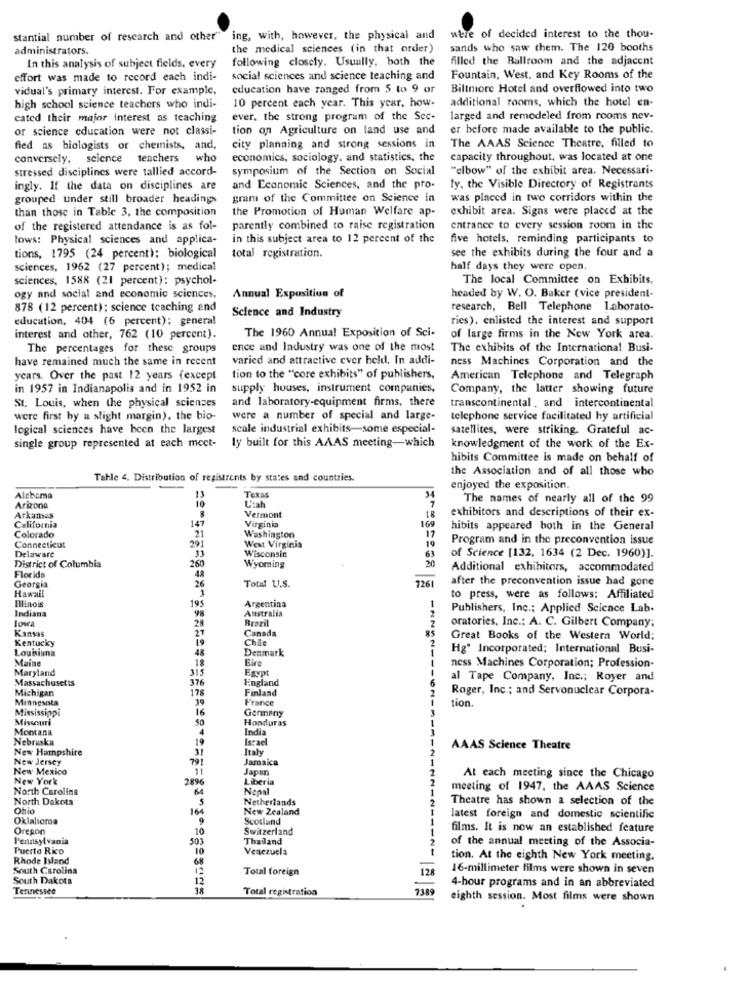
stantial number of research and other
ing, with, however, the physical and
nele of decided interest to the thou-
administrators.
the medical sciences (in that order)
sands who saw them. The 120 booths
In this analysis of subject fields, every
following closely. Usually, both the
filled the Ballroom and the adjacent
effort was made to record each indi-
social sciences and science teaching and
Fountain, West, and Key Rooms of the
vidual's primary interest. For example,
education have ranged from 5 to 9 or
Biltmore Hotel and overflowed into two
10 percent each year. This year, how-
additional rooms, which the hotel en-
high school science teachers who indi-
cated their major interest as teaching
ever, the strong program of the Sec-
larged and remodeled from rooms nev-
or science education were not classi-
tion on Agriculture on land use and
er before made available to the public.
fied as biologists or chemists, and,
city planning and strong sessions in
The AAAS Science Theatre, filled to
conversely, science teachers who
economics, sociology, and statistics, the
capacity throughout, was located at one
stressed disciplines were tallied accord-
symposium of the Section on Social
"elbow" of the exhibit area. Necessari-
ingly. If the data on disciplines are
and Economic Sciences, and the pro-
ly, the Visible Directory of Registrants
grouped under still broader headings
gram of the Committee on Science in
was placed in two corridors within the
than those in Table 3, the composition
the Promotion of Human Welfare ap-
exhibit area. Signs were placed at the
of the registered attendance is as fol-
parently combined to raise registration
entrance to every session room in the
lows: Physical sciences and applica-
in this subject area to 12 percent of the
five hotels, reminding participants to
see the exhibits during the four and a
tions, 1795 (24 percent): biological
total registration.
sciences, 1962 (27 percent); medical
half days they were open.
sciences, 1588 (21 percent): psychol-
The local Committee on Exhibits,
ogy and social and economic sciences,
Annual Exposition of
headed by W. O. Baker (vice president-
878 (12 percent); science teaching and
Science and Industry
research, Bell Telephone Laborato-
education, 404 (6 percent): genera!
ries), enlisted the interest and support
The 1960 Annual Exposition of Sci-
interest and other, 762 (10 percent).
of large firms in the New York area.
The percentages for these groups
ence and Industry was one of the most
The exhibits of the International Busi-
have remained much the same in recent
varied and attractive ever held. In addi-
ness Machines Corporation and the
years. Over the past 12 years (except
tion to the "core exhibits" of publishers,
American Telephone and Telegraph
in 1957 in Indianapolis and in 1952 in
supply houses, instrument companies,
Company, the latter showing future
St. Louis, when the physical sciences
and laboratory-equipment firms, there
transcontinental , and intercontinental
were first by a slight margin), the bio-
were a number of special and large-
telephone service facilitated hy artificial
logical sciences have been the largest
scale industrial exhibits-some especial-
satellites, were striking. Grateful ac-
single group represented at each meet-
ly built for this AAAS meeting-which
knowledgment of the work of the Ex-
hibits Committee is made on behalf of
the Association and of all those who
Tahle 4, Distribution of registrents by states and countries.
enjoyed the exposition.
Aleboma
13
Texa
The names of nearly all of the 99
Arizona
Vermont
18
Arkames
Virginia
exhibitors and descriptions of their ex-
California
147
21
169
hibits appeared both in the General
Colorado
Washington
17
19
Program and in the preconvention issue
Connecticut
Delaware
29
West Virginia
Wisconsin
63
20
of Science [132, 1634 (2 Dec. 1960)].
District of Columbia
Florida
260
Wyoming
Additional exhibitors, accommodated
48
26
7261
after the preconvention issue had gone
Georgia
Hawall
Total U.S.
Illinois
19
Argentina
to press, were as follows: Affiliated
Indiana
98
Australia
Publishers, Inc .; Applied Science Lab-
28
Brazil
Kansas
27
Canada
85
oratories, Inc .; A. C. Gilbert Company:
Kentucky
19
Chle
Great Books of the Western World;
Louisiana
48
Denmark
Hg" Incorporated; International Busi-
Maine
18
Fire
Maryland
315
Egypt
ness Machines Corporation; Profession-
Massachusetts
376
England
al Tape Company, Inc .; Royer and
Michigan
178
Finland
Roger, Inc .; and Servonuclear Corpora-
Minnesota
39
France
tion.
Mississippi
16
Germany
Missouri
50
Honduras
Montana
4
India
Nebruska
19
Israel
New Hampshire
Italy
AAAS Science Theatre
New Jersey
791
Jamaica
New Mexico
11
Japan
New York
2896
Liberia
At each meeting since the Chicago
North Carolina
64
Nepal
meeting of 1947, the AAAS Science
North Dakota
5
Netherlands
Theatre has shown a selection of the
Ohio
164
New Zealand
Oklahoma
9
Scotland
latest foreign and domestic scientific
Oregon
10
Switzerland
films. It is now an established feature
Pennsylvania
50
Thailand
of the annual meeting of the Associa-
Puerto Rko
10
Venezuela
Rhode Island
68
tion. At the eighth New York meeting.
South Carolina
Total foreign
128
16-millimeter films were shown in seven
South Dakota
12
Tennessee
Total registration
7389
4-hour programs and in an abbreviated
eighth session. Most films were shown